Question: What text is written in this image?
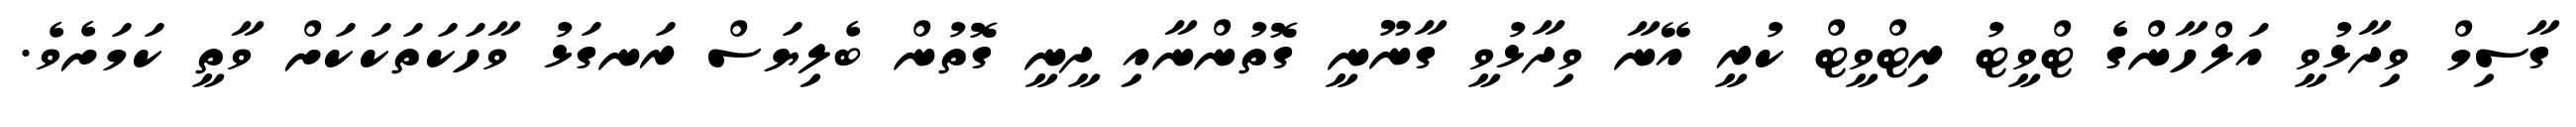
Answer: ގާސިމް ވިދާޅުވީ އަލްހާންގެ ޓްވީޓު ރިޓްވީޓް ކުރީ އޭނާ ވިދާޅުވީ ގާނޫނީ ގޮތުންނާއި ދީނީ ގޮތުން ބެލިޔަސް ރަނގަޅު ވާހަކަތަކަކަށް ވާތީ ކަމަށެވެ.